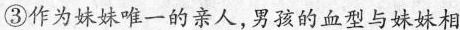
③作为妹妹唯一的亲人，男孩的血型与妹妹相